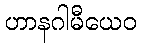
ဟာနဂါမီယေဝ